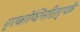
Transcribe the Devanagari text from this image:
प्रबोधिनीतर्फे